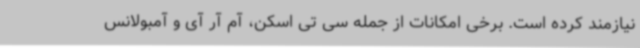
نیازمند کرده است. برخی امکانات از جمله سی تی اسکن، آم آر آی و آمبولانس